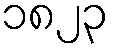
၁၈၂၃